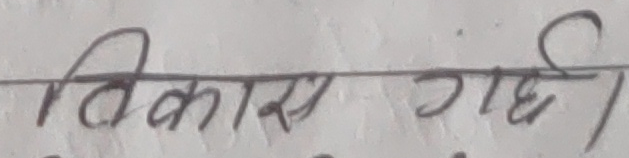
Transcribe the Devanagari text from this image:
विकास गदि।